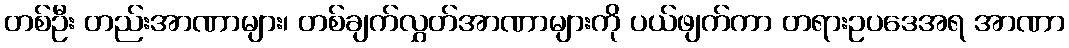
တစ်ဦး တည်းအာဏာများ၊ တစ်ချက်လွှတ်အာဏာများကို ပယ်ဖျက်ကာ တရားဥပဒေအရ အာဏာ